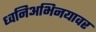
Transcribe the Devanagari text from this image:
ध्वनिअभिनयावर